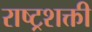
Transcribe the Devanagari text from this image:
राष्ट्रशक्ती